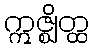
ဣဇ္ဈိတ္ထ